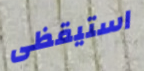
استيقظى